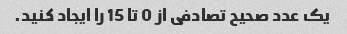
یک عدد صحیح تصادفی از 0 تا 15 را ایجاد کنید.